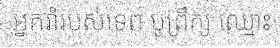
អ្នករាំរបស់ទេព បូព្រឹក្ស ឈ្មោះ